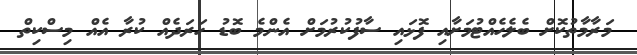
މަރާމާތުކޮށް ބެލެހެއްޓުމަށާއި ފޮޅައި ސާފުކުރުމަށް އެންމެ ބޮޑު ހަރަދެއް ކުރާ އެއް މިސްކިތް